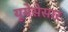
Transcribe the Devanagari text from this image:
यूयेसेसार